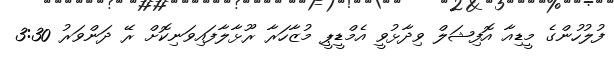
ފުލުހުންގެ މީޑިއާ އޮފިޝަލް ވިދާޅުވީ އެމްޑީޕީ މުޒާހަރާ ރޫޅާލާފައިވަނިކޮށް ރޭ ދަންވަރު 3:30